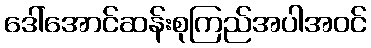
ဒေါ်အောင်ဆန်းစုကြည်အပါအဝင်